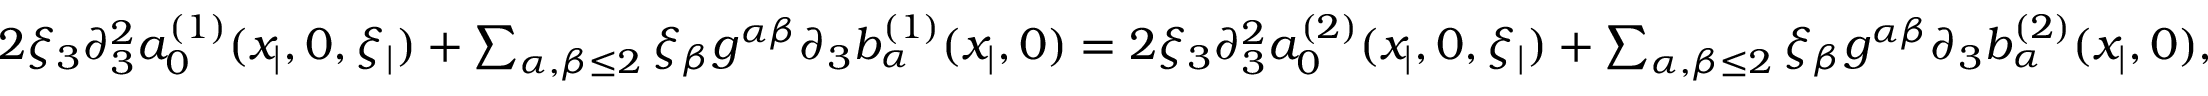
\begin{array} { r } { 2 \xi _ { 3 } \partial _ { 3 } ^ { 2 } a _ { 0 } ^ { ( 1 ) } ( x _ { | } , 0 , \xi _ { | } ) + \sum _ { \alpha , \beta \leq 2 } \xi _ { \beta } g ^ { \alpha \beta } \partial _ { 3 } b _ { \alpha } ^ { ( 1 ) } ( x _ { | } , 0 ) = 2 \xi _ { 3 } \partial _ { 3 } ^ { 2 } a _ { 0 } ^ { ( 2 ) } ( x _ { | } , 0 , \xi _ { | } ) + \sum _ { \alpha , \beta \leq 2 } \xi _ { \beta } g ^ { \alpha \beta } \partial _ { 3 } b _ { \alpha } ^ { ( 2 ) } ( x _ { | } , 0 ) , } \end{array}